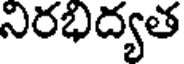
నిరభిద్యత